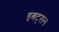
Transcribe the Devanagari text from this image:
इबट्सन